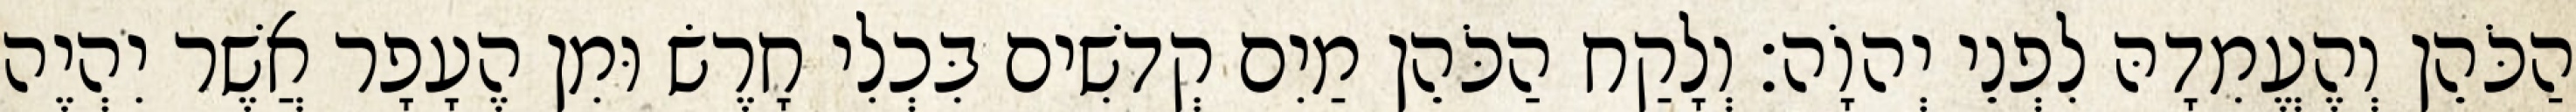
הַכֹּהֵן וְהֶעֱמִדָהּ לִפְנֵי יְהוָֹה׃ וְלָקַח הַכֹּהֵן מַיִם קְדשִׁים בִּכְלִי חָרֶשׂ וּמִן הֶעָפָר אֲשֶׁר יִהְיֶה